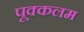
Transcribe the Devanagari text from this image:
पूक्कलम